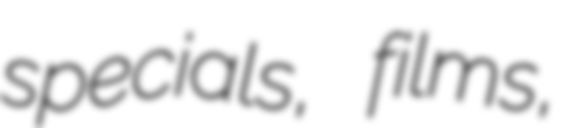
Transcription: specials, films,